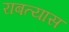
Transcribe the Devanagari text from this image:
राबत्यास